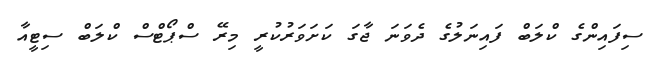
ސިފައިންގެ ކްލަބް ފައިނަލުގެ ދެވަނަ ޖާގަ ކަށަވަރުކުރީ މިރޭ ސްޕޯޓްސް ކްލަބް ސިޓީއާ